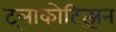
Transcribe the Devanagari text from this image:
ट्लाकोट्झिन